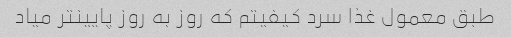
طبق معمول غذا سرد کیفیتم که روز به روز پایینتر میاد